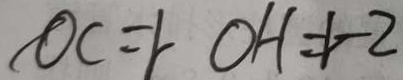
O C = r O H = r - 2